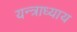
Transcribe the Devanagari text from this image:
यन्त्राध्याय